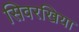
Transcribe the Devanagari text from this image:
सिवरखिया